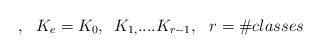
LaTeX: \begin{align*},\,\,\,\,K_{e}=K_{0},\,\,\,K_{1,}....K_{r-1},\,\,\,\,r=\#classes\end{align*}